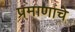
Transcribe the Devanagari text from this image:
प्रमाणांचे